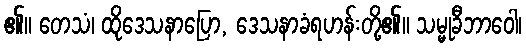
၏။ တေသံ၊ ထိုဒေသနာပြော, ဒေသနာခံရဟန်းတို့၏။ သမ္မုခီဘာဝေါ၊